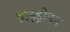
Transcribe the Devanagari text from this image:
हाइड्रोडन